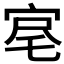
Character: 𡨉